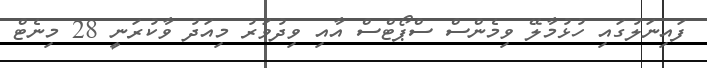
ފައިނަލުގައި ހުޅުމާލޭ ވިމެންސް ސްޕޯޓްސް އާއި ވިދުވަރު މިއަދު ވާކުރަނީ 28 މިނެޓް